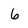
Character: 6